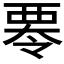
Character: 𮗁